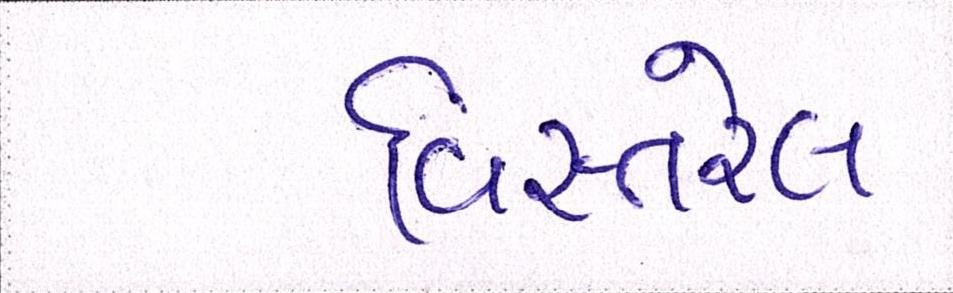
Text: વિસ્તરેલ